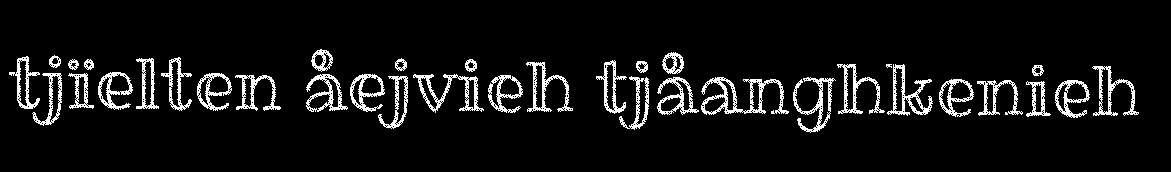
tjïelten åejvieh tjåanghkenieh